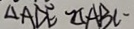
\Delta A D E \sim \Delta A B C \sim